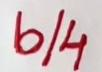
b/4